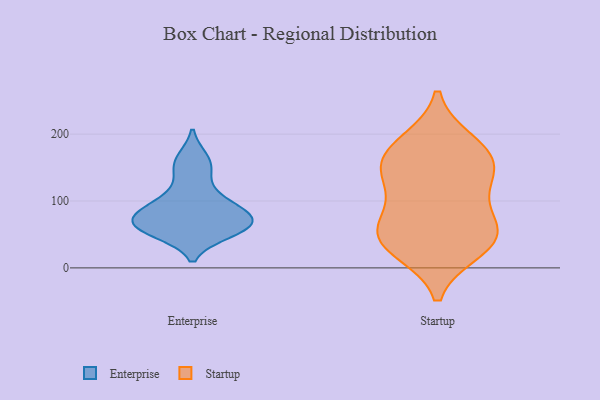
{"axis": {"x": "Backlog", "y": "Value"}, "legend": ["Enterprise", "Startup"], "data": [{"x": "", "y": 63, "type": "Enterprise"}, {"x": "", "y": 164, "type": "Enterprise"}, {"x": "", "y": 79, "type": "Enterprise"}, {"x": "", "y": 69, "type": "Enterprise"}, {"x": "", "y": 94, "type": "Enterprise"}, {"x": "", "y": 75, "type": "Enterprise"}, {"x": "", "y": 144, "type": "Enterprise"}, {"x": "", "y": 52, "type": "Enterprise"}, {"x": "", "y": 106, "type": "Enterprise"}, {"x": "", "y": 56, "type": "Enterprise"}, {"x": "", "y": 146, "type": "Startup"}, {"x": "", "y": 57, "type": "Startup"}, {"x": "", "y": 29, "type": "Startup"}, {"x": "", "y": 104, "type": "Startup"}, {"x": "", "y": 44, "type": "Startup"}, {"x": "", "y": 42, "type": "Startup"}, {"x": "", "y": 173, "type": "Startup"}, {"x": "", "y": 161, "type": "Startup"}, {"x": "", "y": 137, "type": "Startup"}, {"x": "", "y": 57, "type": "Startup"}, {"x": "", "y": 186, "type": "Startup"}]}